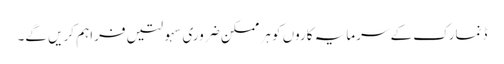
ڈنمارک کے سرمایہ کاروں کو ہر ممکن ضروری سہولتیں فراہم کریں گے۔